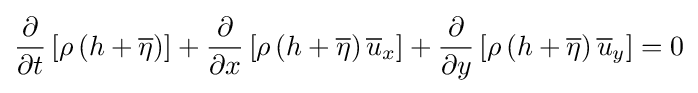
{\frac {\partial }{\partial t}}\left[\rho \left(h+{\overline {\eta }}\right)\right]+{\frac {\partial }{\partial x}}\left[\rho \left(h+{\overline {\eta }}\right){\overline {u}}_{x}\right]+{\frac {\partial }{\partial y}}\left[\rho \left(h+{\overline {\eta }}\right){\overline {u}}_{y}\right]=0